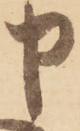
申